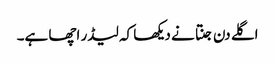
اگلے دن جنتا نے دیکھا کہ لیڈر اچھا ہے۔